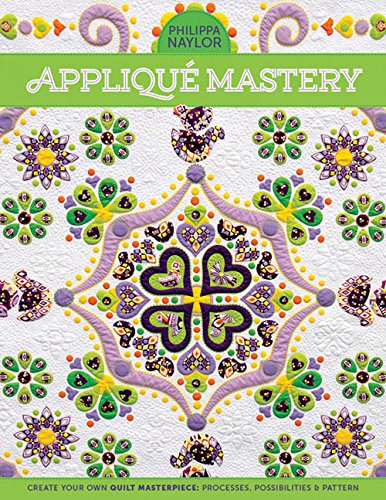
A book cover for Applique Mastery: Create Your Own Quilt Masterpiece: Processes, Possibilities & Pattern; Philippa Naylor; Crafts, Hobbies & Home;